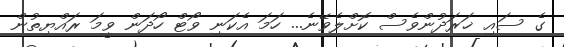
ގެ ސައި ޚަރަދުންވެސް ކޮށްލެވޭނެ... ހަމަ އެކަނި ވޯޓް ހޯދަން ވީމަ ރައްޔިތުން